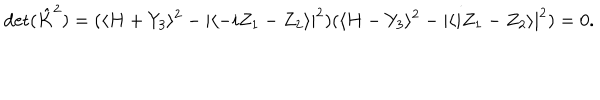
\mathrm { d e t } ( \hat { K } ^ { 2 } ) = ( \langle H + Y _ { 3 } \rangle ^ { 2 } - | \langle - i Z _ { 1 } - Z _ { 2 } \rangle | ^ { 2 } ) ( \langle H - Y _ { 3 } \rangle ^ { 2 } - | \langle i Z _ { 1 } - Z _ { 2 } \rangle | ^ { 2 } ) = 0 .